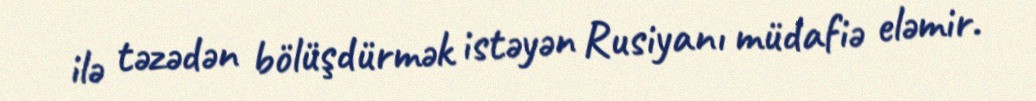
ilə təzədən bölüşdürmək istəyən Rusiyanı müdafiə eləmir.